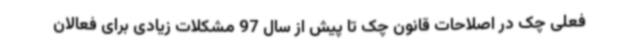
فعلی چک در اصلاحات قانون چک تا پیش از سال 97 مشکلات زیادی برای فعالان